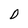
Character: D